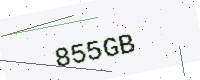
Text: 855GB